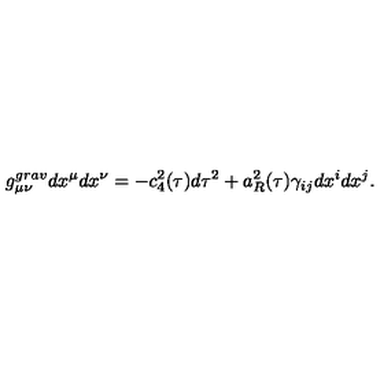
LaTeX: g _ { \mu \nu } ^ { g r a v } d x ^ { \mu } d x ^ { \nu } = - c _ { 4 } ^ { 2 } ( \tau ) d \tau ^ { 2 } + a _ { R } ^ { 2 } ( \tau ) \gamma _ { i j } d x ^ { i } d x ^ { j } .